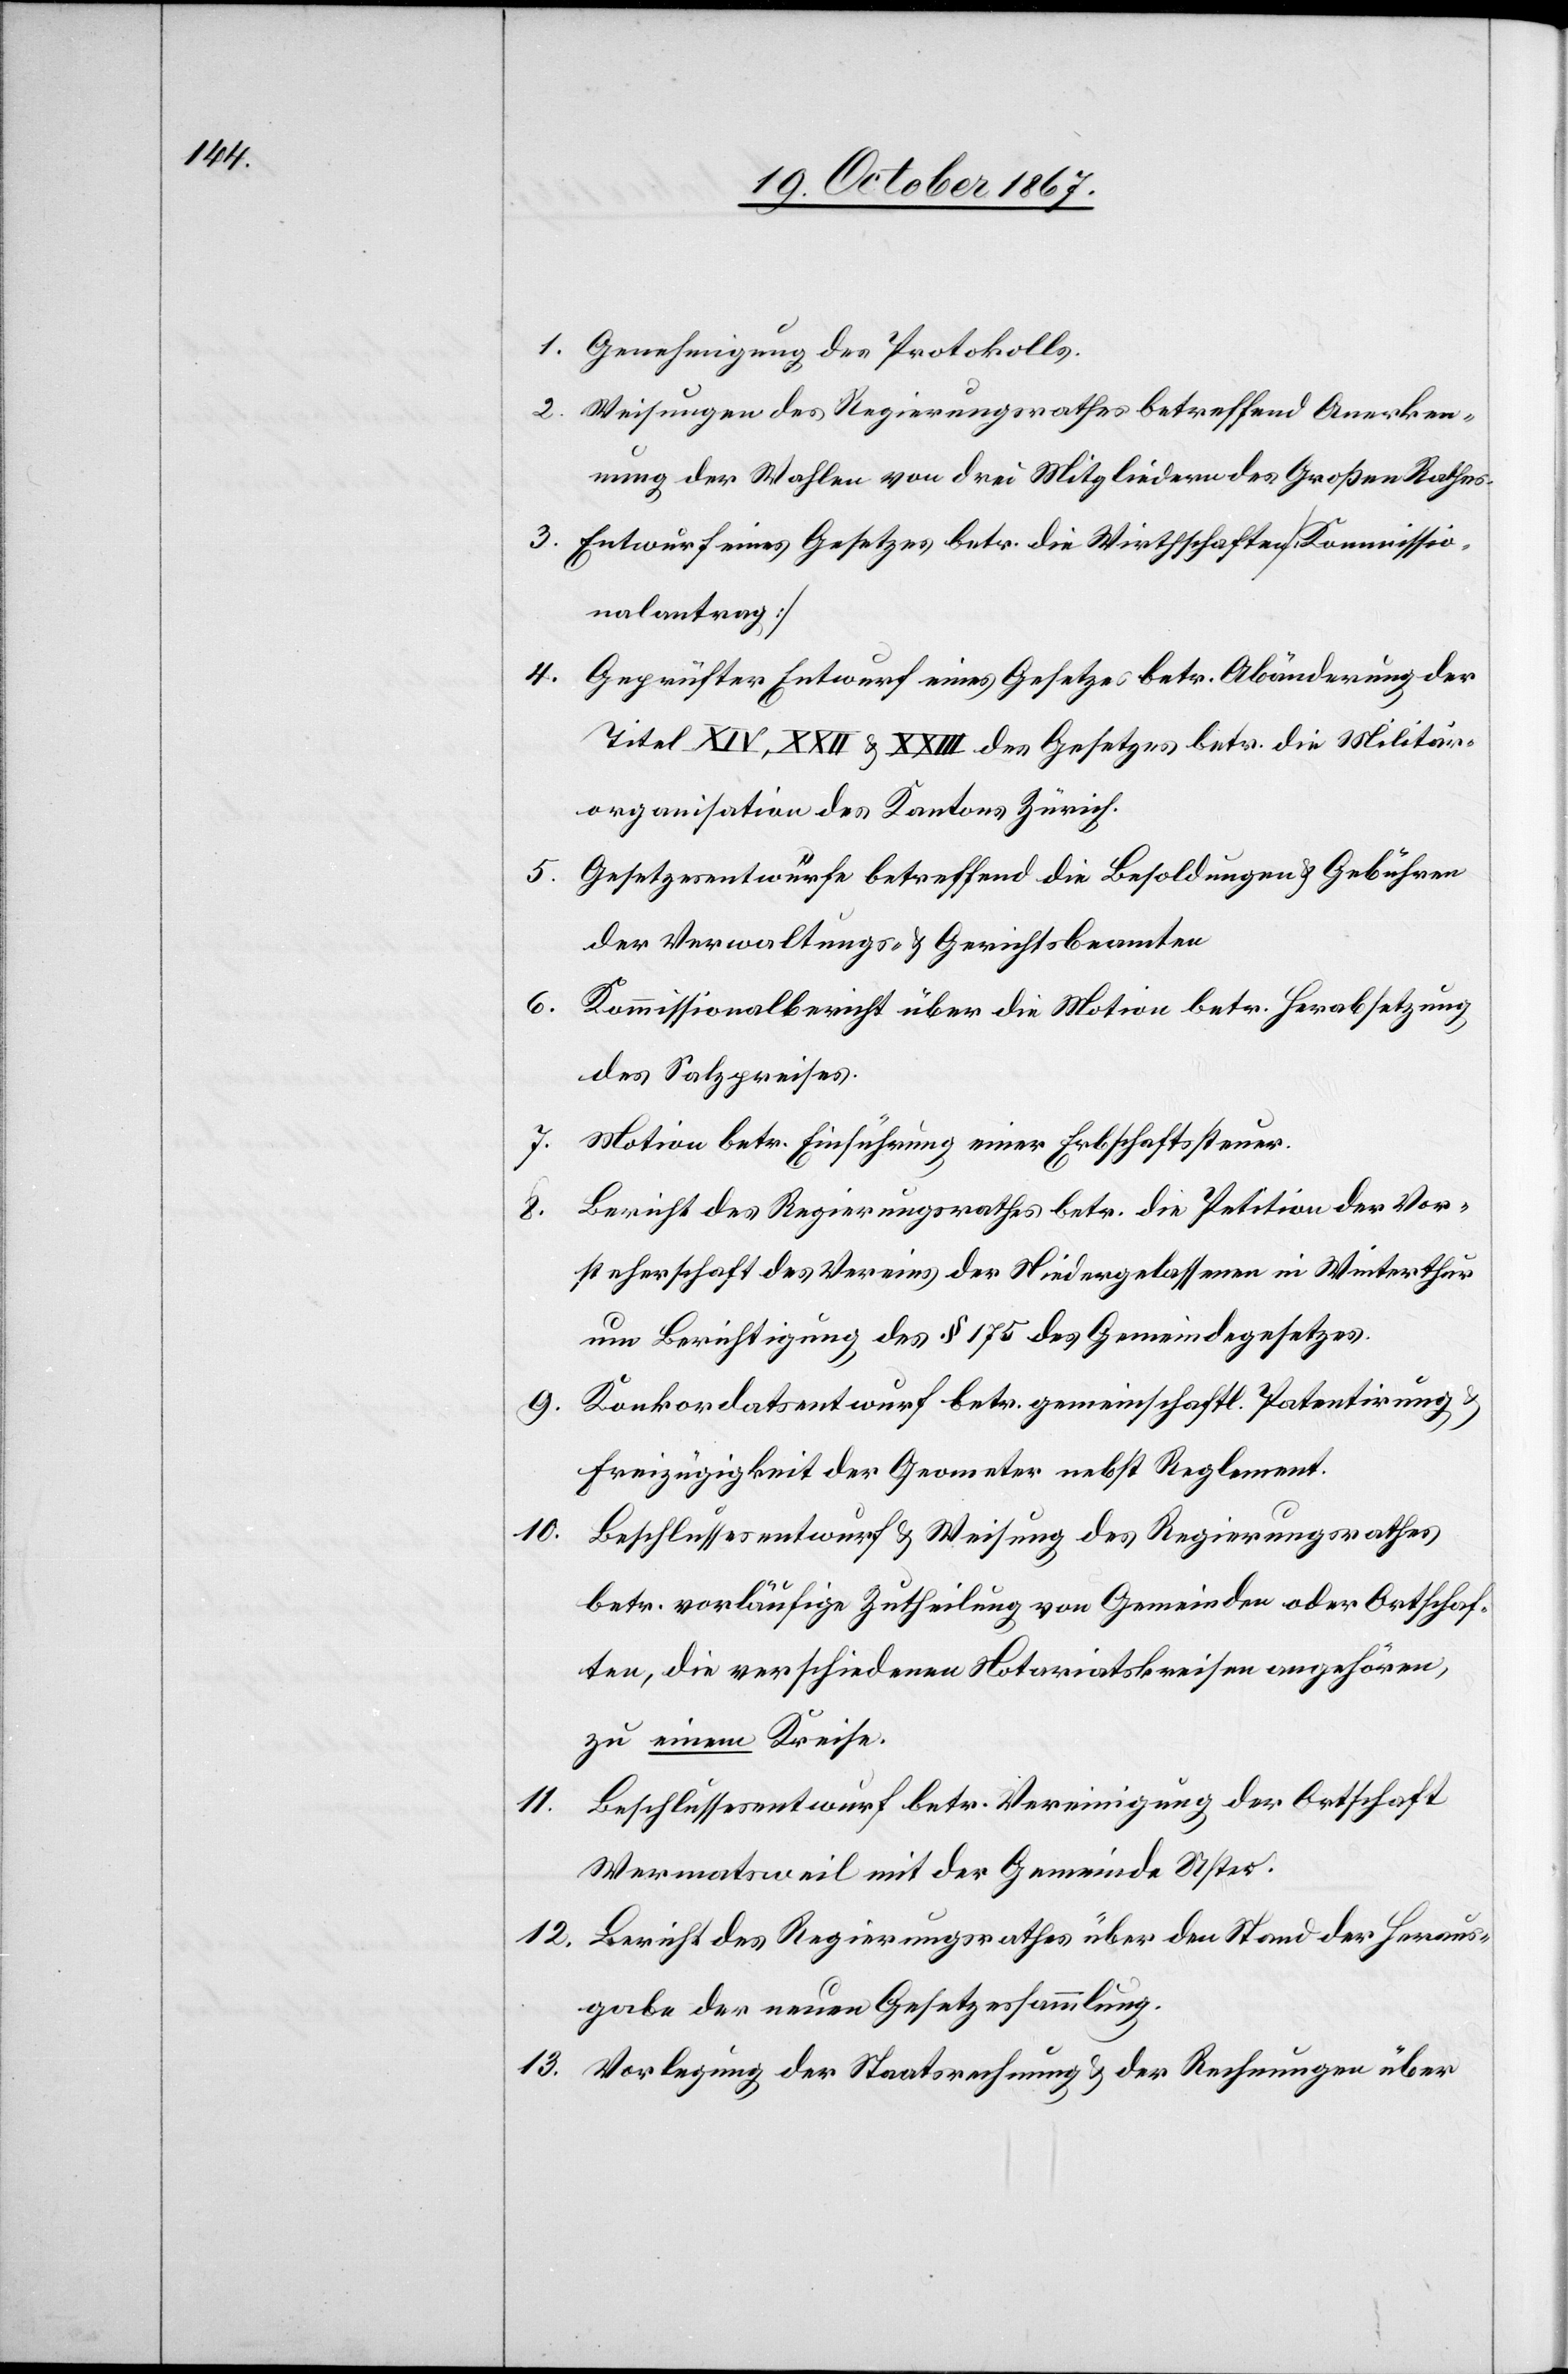
1. Genehmigung des Protokolls.
2. Weisungen des Regierungsrathes betreffend Anerken¬
nung der Wahlen von drei Mitgliedern des Großen Rathes.
3. Entwurf eines Gesetzes betr. die Wirthschaften [Kommissio¬
nalantrag]
4. Geprüfter Entwurf eines Gesetzes betr. Abänderung der
Titel XIV, XXII u. XXIII des Gesetzes betr. die Militär¬
organisation des Kantons Zürich.
Gesetzesentwürfe betreffend die Besoldungen u. Gebühren
5.
der Verwaltungs- u. Gerichtsbeamten.
6.
Kommissionalbericht über die Motion betr. Herabsetzung
des Salzpreises.
7. Motion betr. Einführung einer Erbschaftssteuer.
8. Bericht des Regierungsrathes betr. die Petition der Vor¬
steherschaft des Vereins der Niedergelassenen in Winterthur
um Berichtigung des § 175 des Gemeindegesetzes.
Konkordatsentwurf betr. gemeinschaftl. Patentirung
u.
Freizügigkeit der Geometer nebst Reglement.
11.
Beschlussesentwurf u. Weisung des Regierungsrathes
betr. vorläufige Zutheilung von Gemeinden oder Ortschaf¬
ten, die verschiedenen Notariatskreisen angehören,
zu einem Kreise.
Beschlussesentwurf betr. Vereinigung der Ortschaft
Wermatsweil mit der Gemeinde Uster.
12. Bericht des Regierungsrathes über den Stand der Heraus¬
gabe der neuen Gesetzessammlung.
13. Vorlegung der Staatsrechnung u. der Rechnungen über